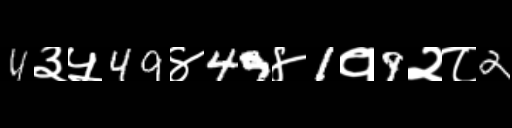
Text: 4३५49४49४1१9२८2